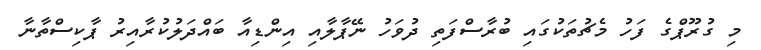
މި ގުރޫޕްގެ ފަހު މެޗުތަކުގައި ބުރާސްފަތި ދުވަހު ނޭޕާލާއި އިންޑިއާ ބައްދަލުކުރާއިރު ޕާކިސްތާނާ